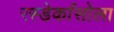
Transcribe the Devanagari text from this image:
रस्डेर्कासोला